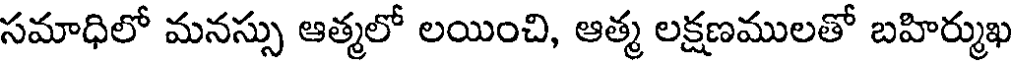
సమాధిలో మనస్సు ఆత్మలో లయించి, ఆత్మ లక్షణములతో బహిర్ముఖ